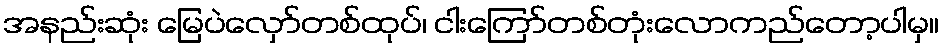
အနည်းဆုံး မြေပဲလှော်တစ်ထုပ်၊ ငါးကြော်တစ်တုံးလောကည်တော့ပါမှ။